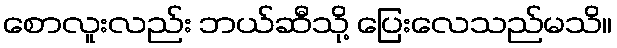
စောလူးလည်း ဘယ်ဆီသို့ ပြေးလေသည်မသိ။